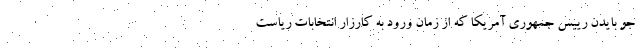
جو بایدن رییس جمهوری آمریکا که از زمان ورود به کارزار انتخابات ریاست